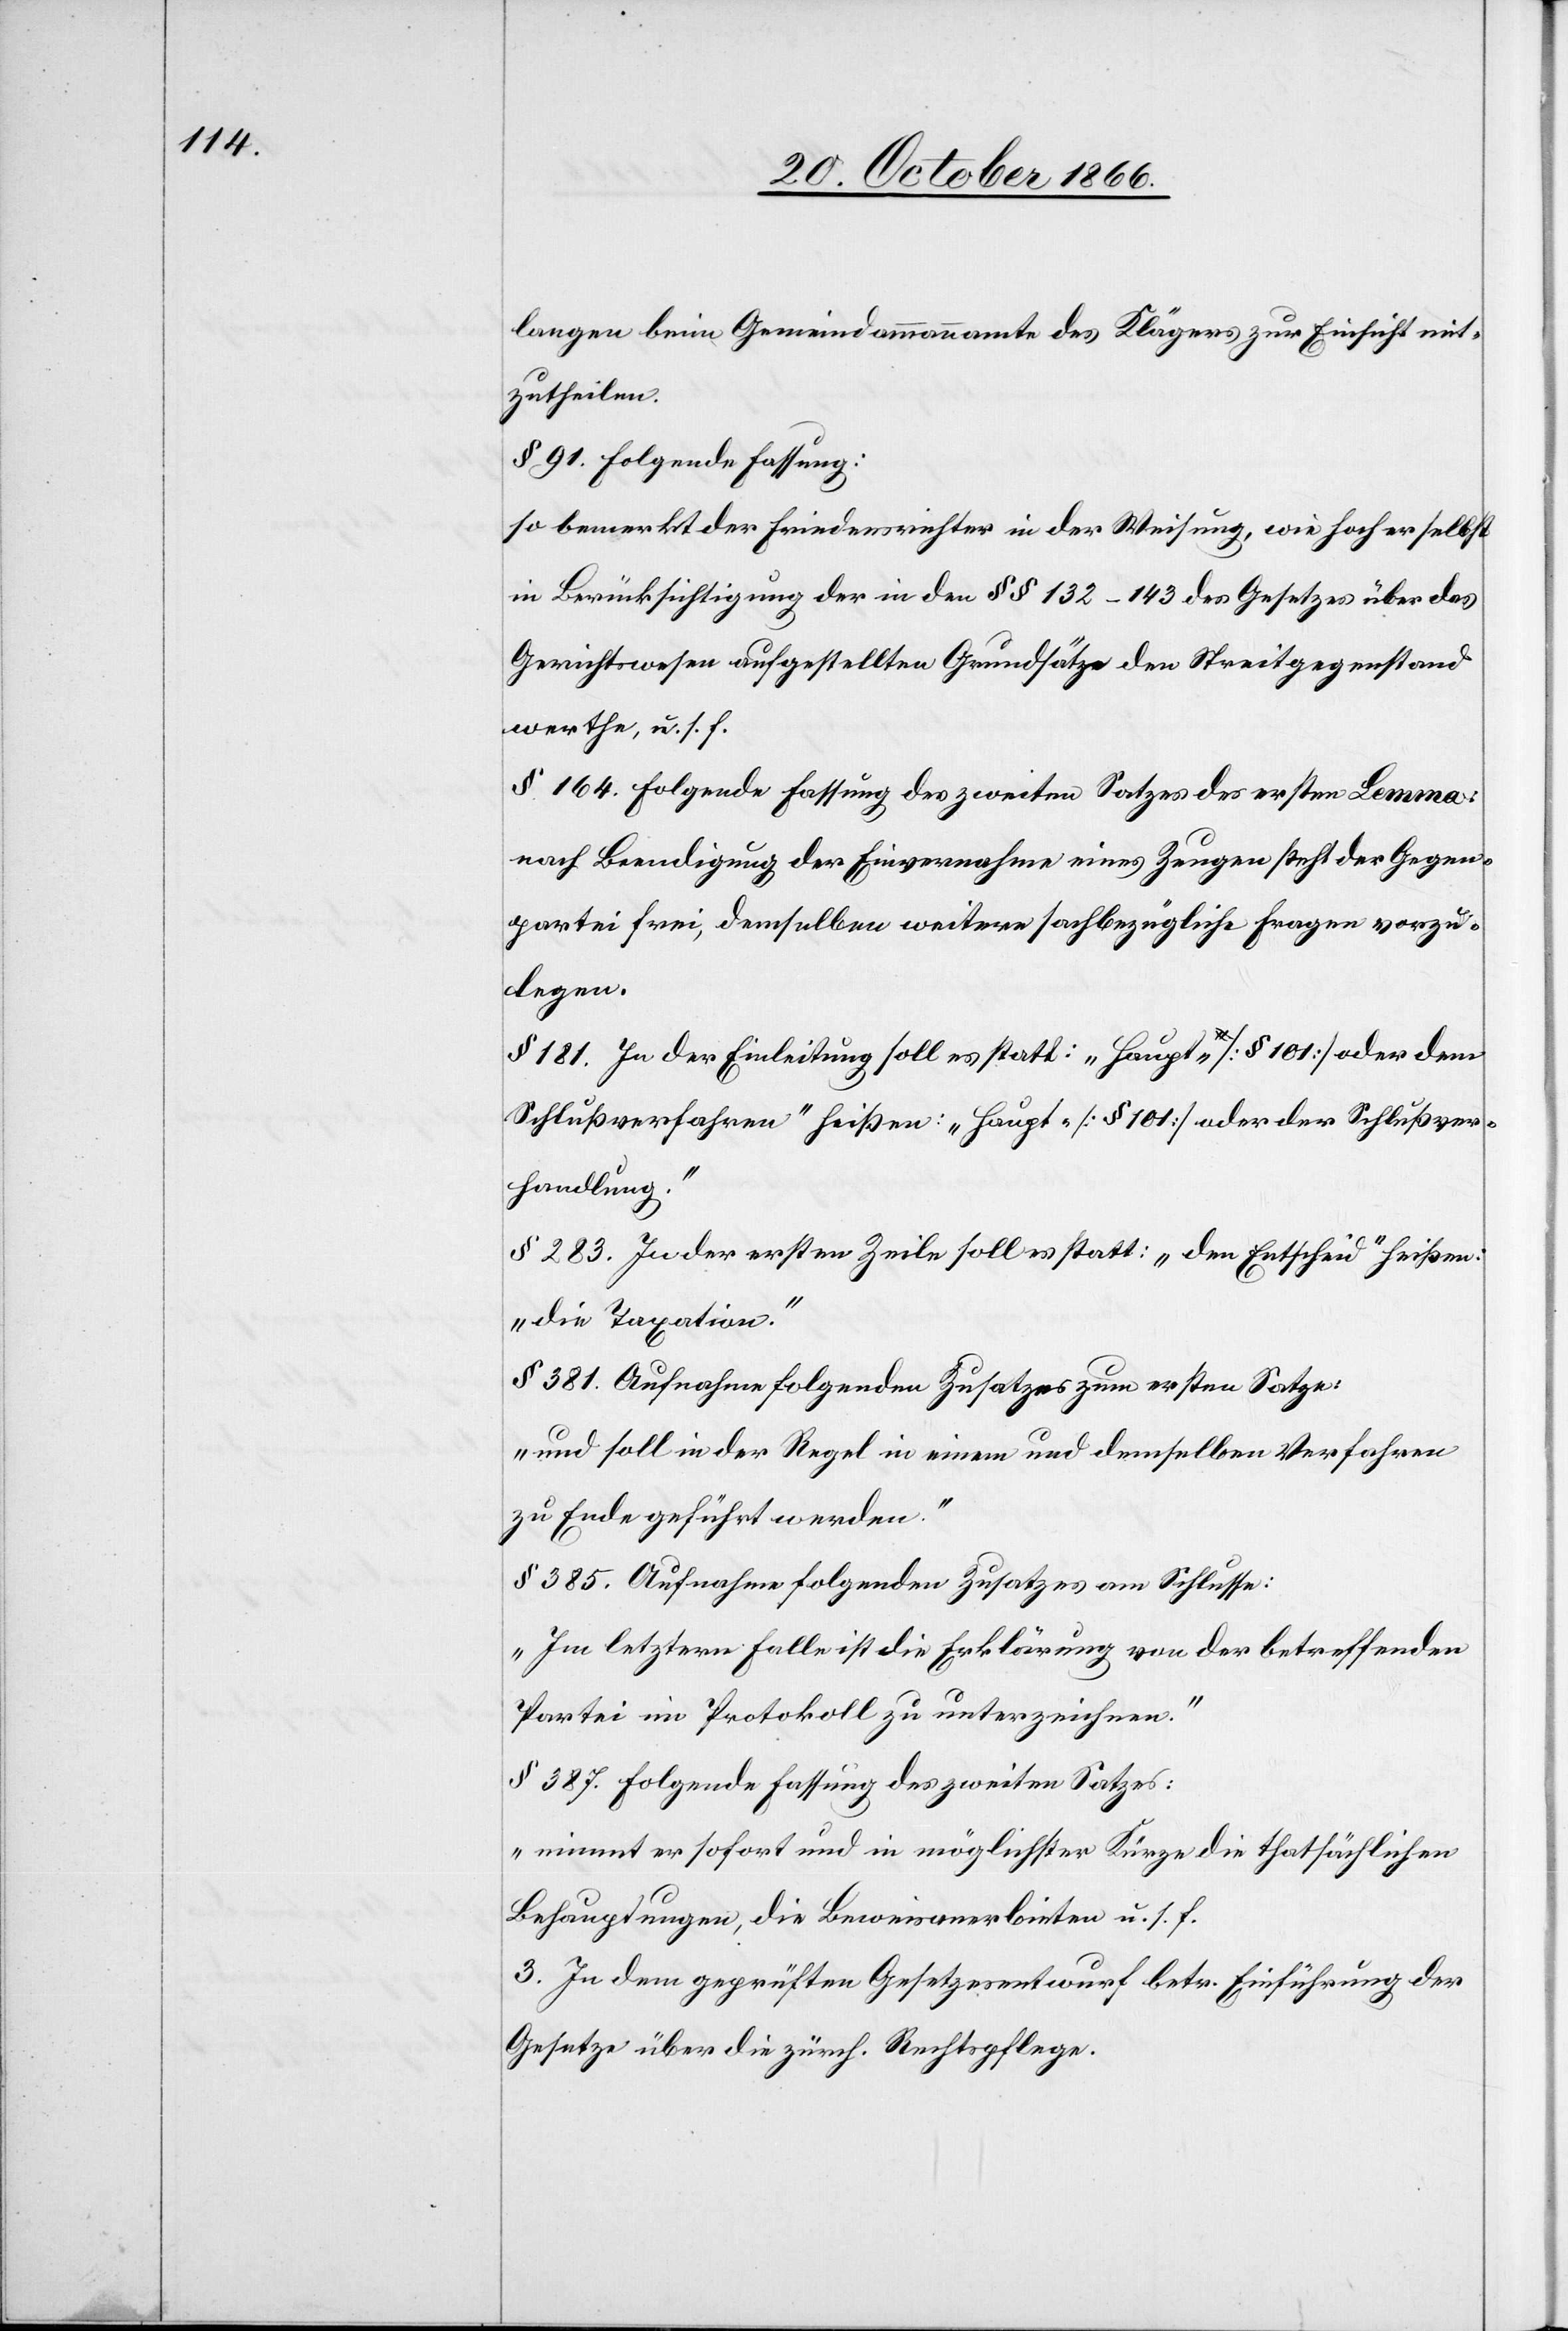
langen beim Gemeindammannamte des Klägers zur Einsicht mit¬
zutheilen.
§ 91. Folgende Fassung:
so bemerkt der Friedensrichter in der Weisung, wie hoch er selbst
in Berücksichtigung der in den § § 132–143 des Gesetzes über das
Gerichtswesen aufgestellten Grundsätze den Streitgegenstand
werthe, u. s. f.
§ 164. Folgende Fassung des zweiten Satzes des ersten Lemma:
nach Beendigung der Einvernahme eines Zeugen steht der Gegen¬
partei frei, demselben weitere sachbezügliche Fragen vorzu¬
legen.
§ 181. In der Einleitung soll es statt: „Haupt- [§ 101] oder dem
Schlußverfahren“ heißen: „Haupt- [§ 101] oder der Schlußver¬
handlung.“
§ 283. In der ersten Zeile soll es statt: „den Entscheid“ heißen:
„die Taxation.“
§ 381. Aufnahme folgenden Zusatzes zum ersten Satze:
„und soll in der Regel in einem und demselben Verfahren
zu Ende geführt werden.“
§ 385. Aufnahme folgenden Zusatzes am Schlusse:
„Im letztern Falle ist die Erklärung von der betreffenden
Partei im Protokoll zu unterzeichnen.“
§ 387. Folgende Fassung des zweiten Satzes:
„nimmt er sofort und in möglichster Kürze die thatsächlichen
Behauptungen, die Beweisanerbieten u. s. f.
3. In dem geprüften Gesetzesentwurf betr. Einführung der
Gesetze über die zürch. Rechtspflege.